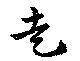
走